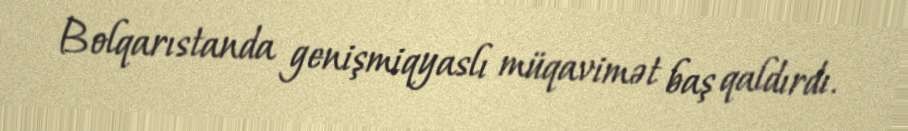
Bolqarıstanda genişmiqyaslı müqavimət baş qaldırdı.